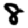
Digit: 8